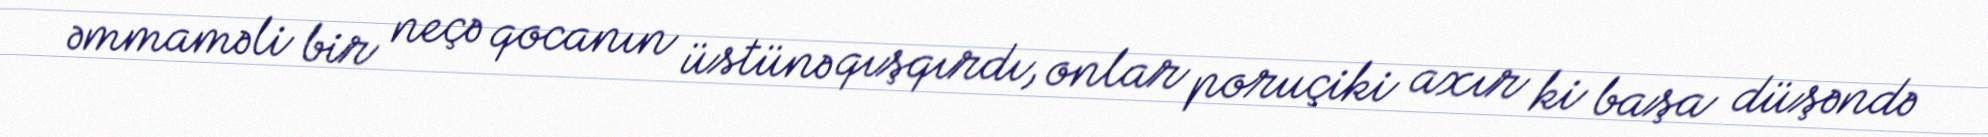
əmmaməli bir neçə qocanın üstünə qışqırdı, onlar poruçiki axır ki başa düşəndə